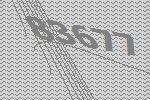
83677